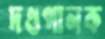
দণ্ডপালক